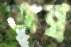
অন্ব